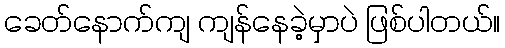
ခေတ်နောက်ကျ ကျန်နေခဲ့မှာပဲ ဖြစ်ပါတယ်။